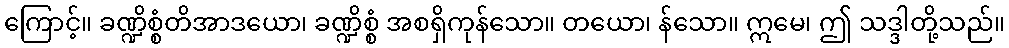
ကြောင့်။ ခဏ္ဍိစ္စံတိအာဒယော၊ ခဏ္ဍိစ္စံ အစရှိကုန်သော။ တယော၊ န်သော။ ဣမေ၊ ဤ သဒ္ဒါတို့သည်။